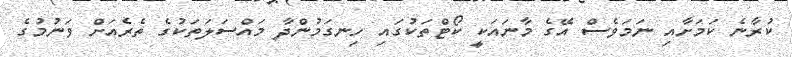
ކުރާނެ ކަމަށާއި ނަމަވެސް އޭގެ މާނައަކީ ކޯޓްތަކުގައި ހިނގަމުންދާ މައްސަލަތަކުގެ ތެރެއަށް ވަނުމުގެ